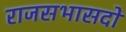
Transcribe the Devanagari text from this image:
राजसभासदों